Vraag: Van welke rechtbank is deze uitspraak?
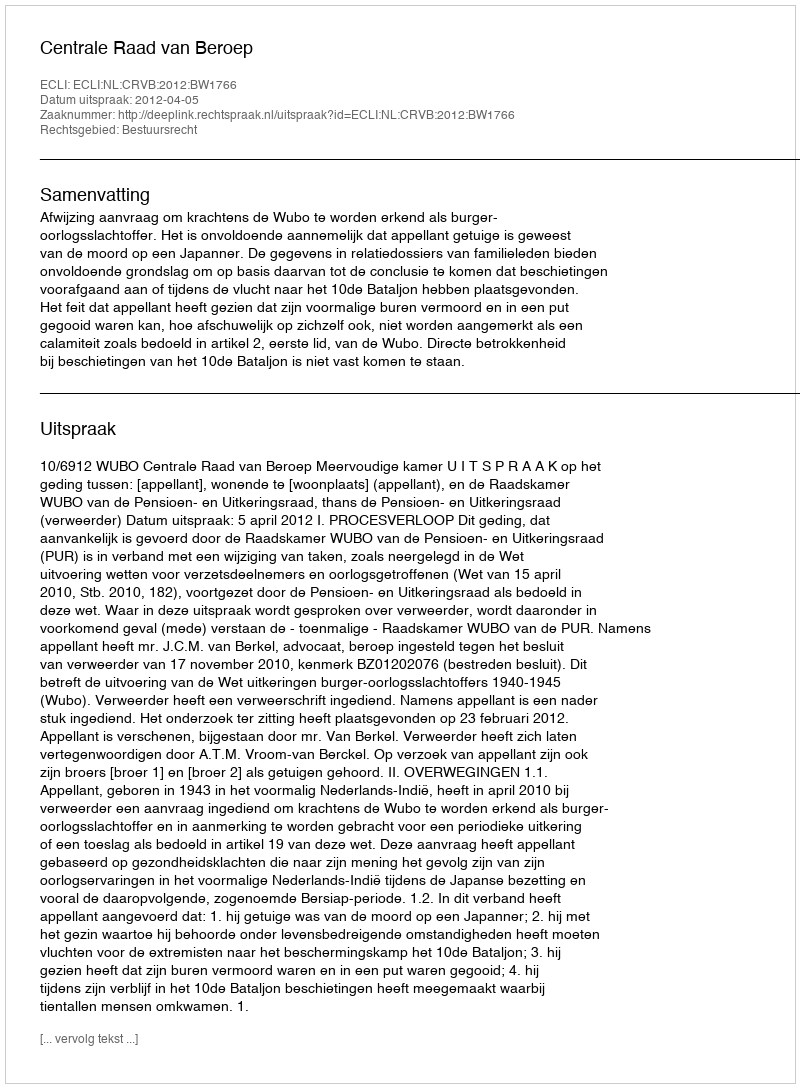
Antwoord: Centrale Raad van Beroep